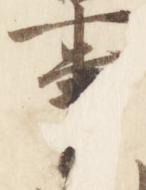
事